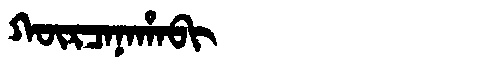
Manchu: ᡴᡡᡵᠴᠠᠨᠠᡥᠠᠪᡳ
Romanization: KŪRCANAHABI